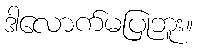
ဒါလောက်မပြုဘူး။